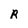
Character: R